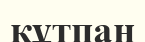
құтпан